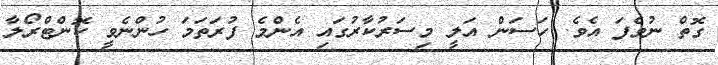
ގޮތް ނުވެފަ އެވެ. ހަސަން އަލީ މިސަރުކާރުގައި އެންމެ ފުރަތަމަ ހުންނެވީ ކޮންޓްރޯލާ